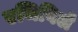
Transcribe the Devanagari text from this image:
एजिविले